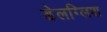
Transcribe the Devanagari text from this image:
डेलग्लिश